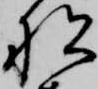
船